Document type: Emphyteutic lease
Year: 1274
Scribe: Pere Marquès
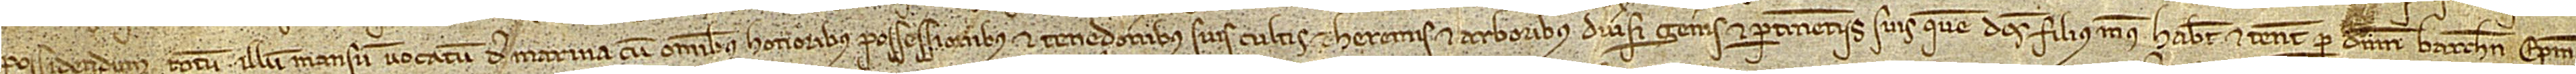
possidendum totum illum mansum vocatum de Marina, cum omnibus honoribus, possessionibus et tenedonibus suis, cultis et heremis, et arboribus diversis generis, et pertinenciis suis, quem dictus filius meus habet et tenet per dominum Barchinonensem episcopum